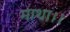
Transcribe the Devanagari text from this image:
माथा।।